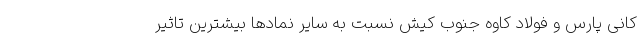
کانی پارس و فولاد کاوه جنوب کیش نسبت به سایر نمادها بیشترین تاثیر